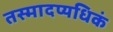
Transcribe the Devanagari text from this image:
तस्मादप्यधिकं